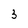
Character: 3